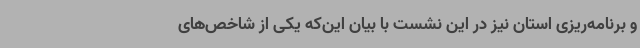
و برنامه‌ریزی استان نیز در این نشست با بیان این‌که یکی از شاخص‌های